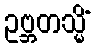
ဥဗ္ဘတသ္မိံ